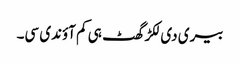
بیری دی لکڑ گھٹ ہی کم آؤندی سی۔